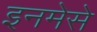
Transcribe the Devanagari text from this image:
इनमेसे